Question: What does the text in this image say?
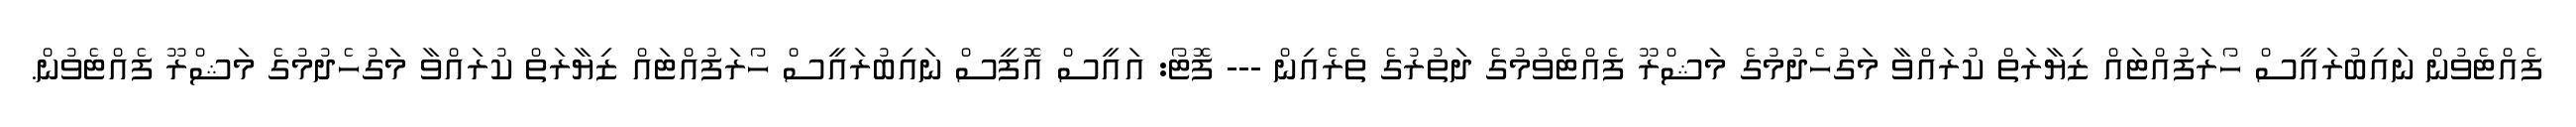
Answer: ފެއްޓެވުން ނައިބުރައީސް ހޯރަފުއްޓައް ޒިޔާރަތް ކުރައްވާ މަގުހެދުމުގެ މަޝްރޫ ފެއްޓެވުމުގެ ދަތުރުގެ ތެރެއިން --- ފޮޓޯ: އައީސް އޮފީސް ނައިބުރައީސް ހޯރަފުއްޓައް ޒިޔާރަތް ކުރައްވާ މަގުހެދުމުގެ މަޝްރޫ ފެއްޓެވުން.